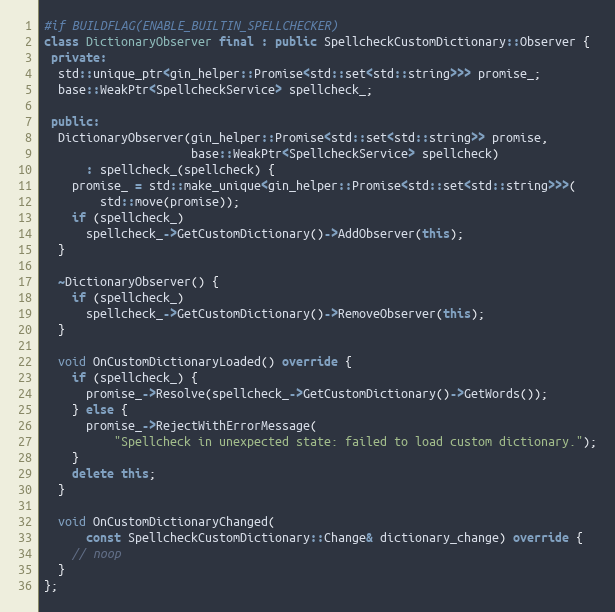
Language: C++
#if BUILDFLAG(ENABLE_BUILTIN_SPELLCHECKER)
class DictionaryObserver final : public SpellcheckCustomDictionary::Observer {
 private:
  std::unique_ptr<gin_helper::Promise<std::set<std::string>>> promise_;
  base::WeakPtr<SpellcheckService> spellcheck_;

 public:
  DictionaryObserver(gin_helper::Promise<std::set<std::string>> promise,
                     base::WeakPtr<SpellcheckService> spellcheck)
      : spellcheck_(spellcheck) {
    promise_ = std::make_unique<gin_helper::Promise<std::set<std::string>>>(
        std::move(promise));
    if (spellcheck_)
      spellcheck_->GetCustomDictionary()->AddObserver(this);
  }

  ~DictionaryObserver() {
    if (spellcheck_)
      spellcheck_->GetCustomDictionary()->RemoveObserver(this);
  }

  void OnCustomDictionaryLoaded() override {
    if (spellcheck_) {
      promise_->Resolve(spellcheck_->GetCustomDictionary()->GetWords());
    } else {
      promise_->RejectWithErrorMessage(
          "Spellcheck in unexpected state: failed to load custom dictionary.");
    }
    delete this;
  }

  void OnCustomDictionaryChanged(
      const SpellcheckCustomDictionary::Change& dictionary_change) override {
    // noop
  }
};